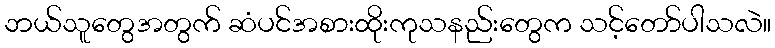
ဘယ်သူတွေအတွက် ဆံပင်အစားထိုးကုသနည်းတွေက သင့်တော်ပါသလဲ။